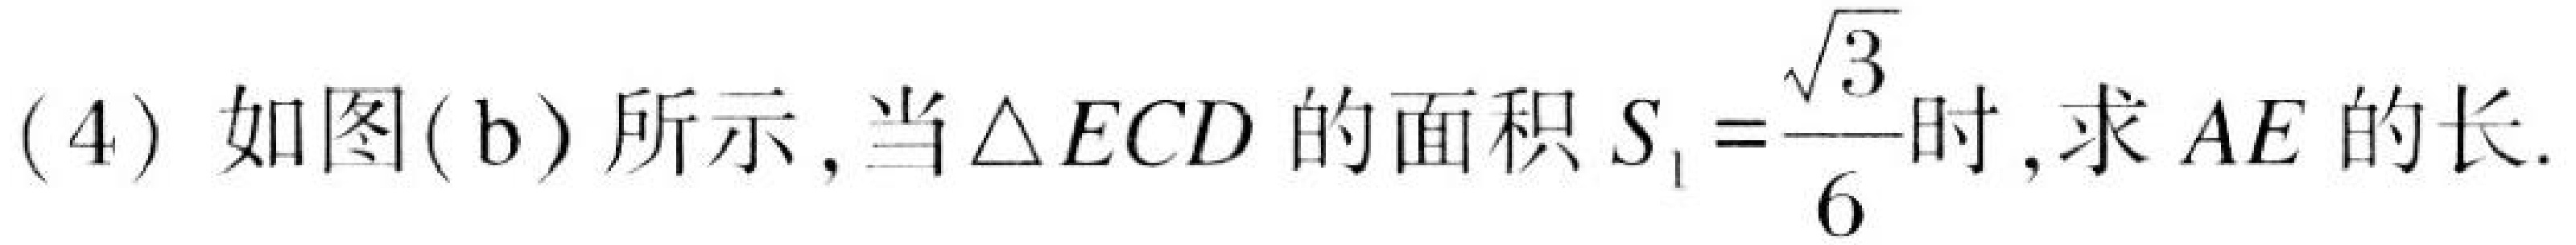
(4) 如图(b)所示,当$\triangle ECD$的面积$S_{1}=\frac{\sqrt{3}}{6}$时,求$AE$的长.